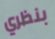
بنظري